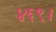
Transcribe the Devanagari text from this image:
४६९।